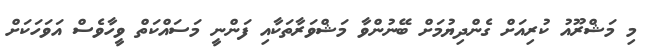
މި މަޝްރޫއު ކުރިއަށް ގެންދިޔުމަށް ބޭނުންވާ މަޝްވަރާތަކާއި ފަންނީ މަސައްކަތް ވީހާވެސް އަވަހަކަށް